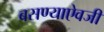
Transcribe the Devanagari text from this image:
बसण्याऐवजी